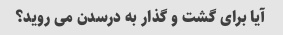
آیا برای گشت و گذار به درسدن می روید؟